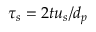
\tau _ { s } = 2 t u _ { s } / d _ { p }